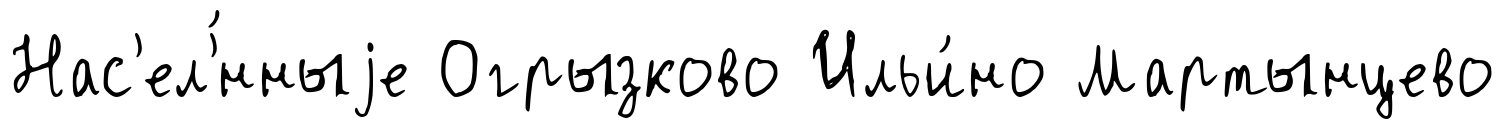
Нас'ел'́нныjе Огрызково Ильи́но Мартынцево